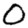
Digit: 0